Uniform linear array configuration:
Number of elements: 16
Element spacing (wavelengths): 0.5
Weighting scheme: binomial
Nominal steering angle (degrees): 45
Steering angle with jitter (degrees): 45.217
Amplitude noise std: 0.05
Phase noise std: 0.05

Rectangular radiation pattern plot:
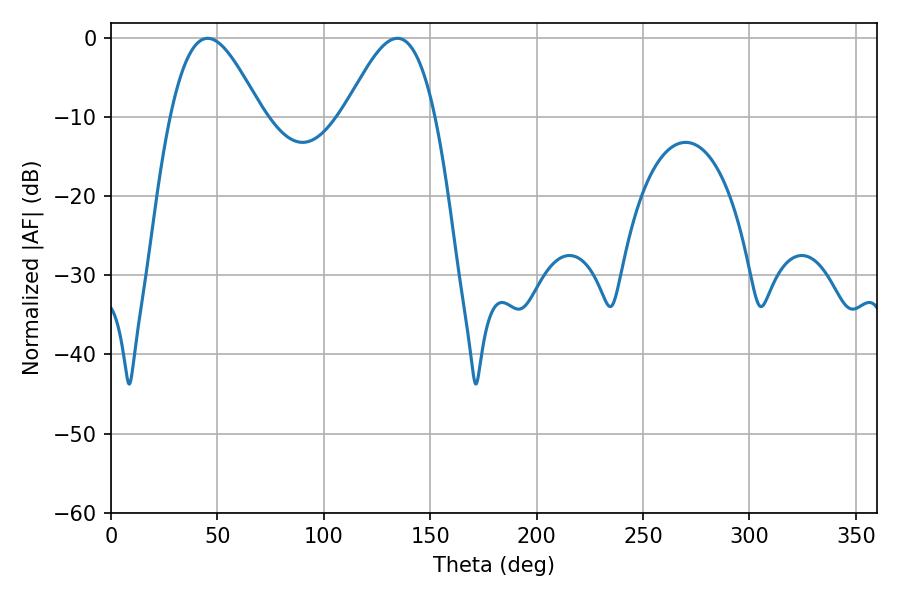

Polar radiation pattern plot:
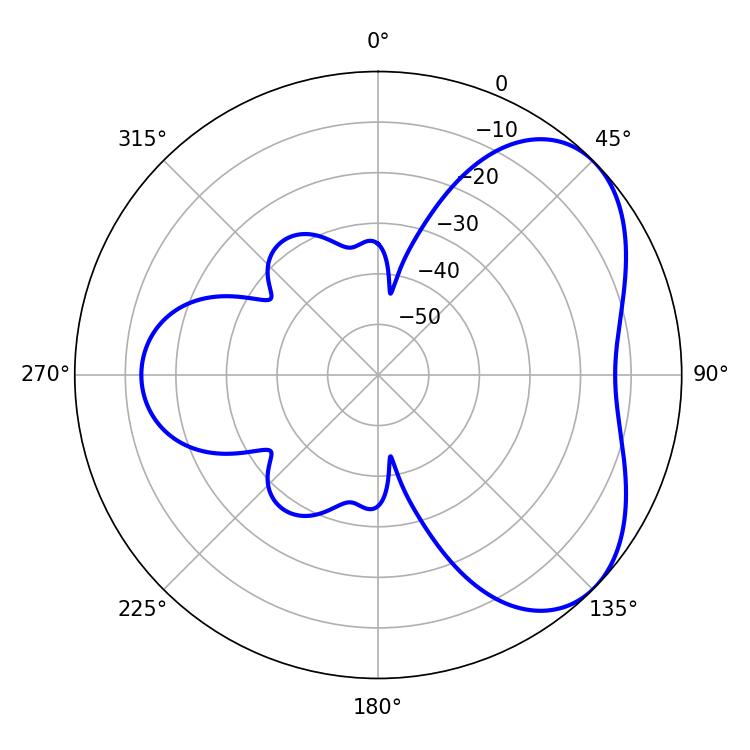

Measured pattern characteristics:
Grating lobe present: FALSE
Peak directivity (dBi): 4.916
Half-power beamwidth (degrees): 22.86
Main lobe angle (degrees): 45.36